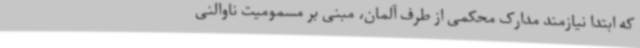
که ابتدا نیازمند مدارک محکمی از طرف آلمان، مبنی بر مسمومیت ناوالنی